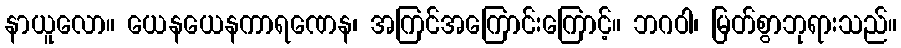
နာယူလော။ ယေနယေနကာရဏေန၊ အကြင်အကြောင်းကြောင့်။ ဘဂဝါ၊ မြတ်စွာဘုရားသည်။